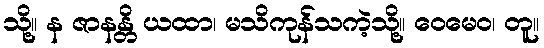
သို့။ န ဇာနန္တိ ယထာ၊ မသိကုန်သကဲ့သို့။ ဝေမေဝ၊ တူ။